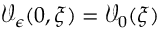
\mathcal { V } _ { \epsilon } ( 0 , \xi ) = \mathcal { V } _ { 0 } ( \xi )